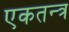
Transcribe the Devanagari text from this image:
एकतन्त्र